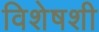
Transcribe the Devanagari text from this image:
विशेषशी